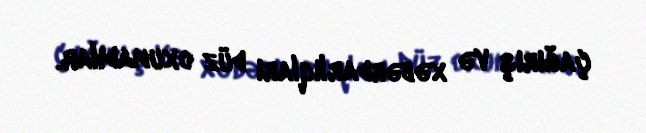
çağırış və xəbərdarlıqları düz oxumadılar.